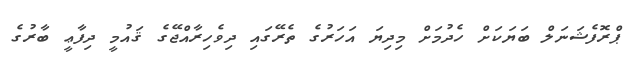
ޕްރޮފެޝަނަލް ބަޔަކަށް ހެދުމަށް މިދިޔަ އަހަރުގެ ތެރޭގައި ދިވެހިރާއްޖޭގެ ޤައުމީ ދިފާޢީ ބާރުގެ